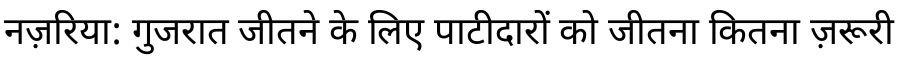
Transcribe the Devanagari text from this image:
नज़रिया: गुजरात जीतने के लिए पाटीदारों को जीतना कितना ज़रूरी